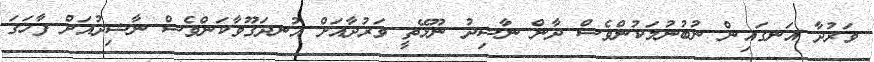
ވަރުދާ އަނގައިން ނުބުނުމަކުންވެސް ދާން ނާޝިދު ނޫޅޭތީ ވަރުދާއަށް އުނދަގޫވާކަންވެސް ނާޝިދުއަށް ފާހަގަ